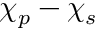
{ \chi _ { p } - \chi _ { s } }